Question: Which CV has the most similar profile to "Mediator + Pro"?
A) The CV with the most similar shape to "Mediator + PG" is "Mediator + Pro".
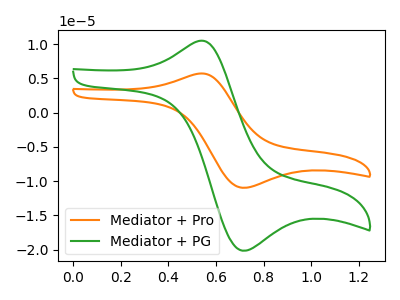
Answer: <think>The orange curve "Mediator + Pro" has an anodic peak at (0.55V, 5.70uA) and a cathodic peak at (0.70V, -10.95uA). The green curve "Mediator + PG" has an anodic peak at (0.55V, 10.45uA) and a cathodic peak at (0.70V, -20.15uA).
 All the peaks in "Mediator + Pro" have a peak in "Mediator + PG" at the same potential. Every peak in "Mediator + Pro" is lower than every peak in "Mediator + PG".</think>
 <answer>A) The CV with the most similar shape to "Mediator + PG" is "Mediator + Pro".</answer>
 <eval>A</eval>